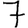
Digit: 7